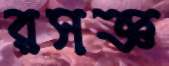
রসজ্ঞ